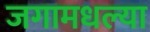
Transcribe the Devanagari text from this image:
जगामधल्या